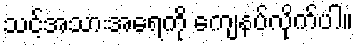
သင့်အသားအရေကို ကျေနပ်လိုက်ပါ။